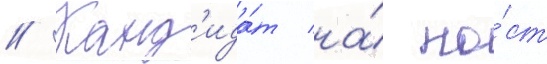
// Канд'ида́т на́ по́ст